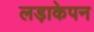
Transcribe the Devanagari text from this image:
लड़ाकेपन